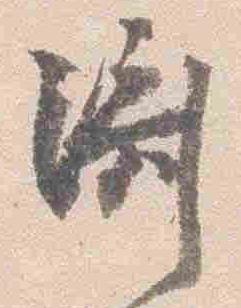
済